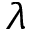
\lambda